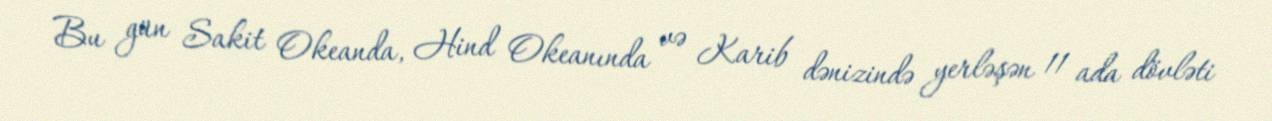
Bu gün Sakit Okeanda, Hind Okeanında və Karib dənizində yerləşən 11 ada dövləti